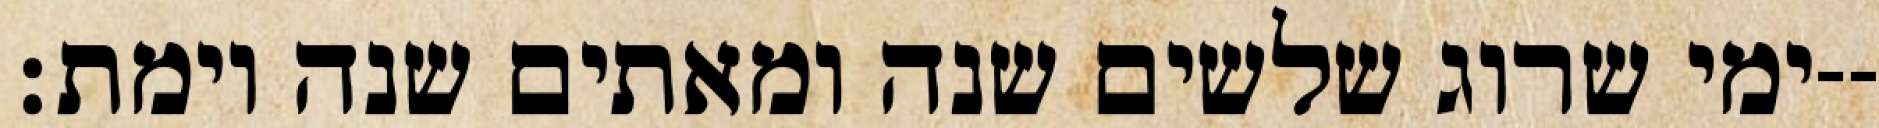
ימי שרוג שלשים שנה ומאתים שנה וימת׃--